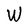
Character: W